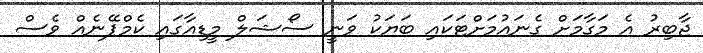
ޖާބިރު އެ މަގާމަށް ގެނައުމަށްޓަކައި ބަޔަކު ވަނީ ސޯޝަލް މީޑިއާގައި ކެމްޕޭނެއް ވެސް